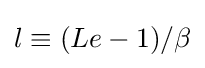
l\equiv (Le-1)/\beta